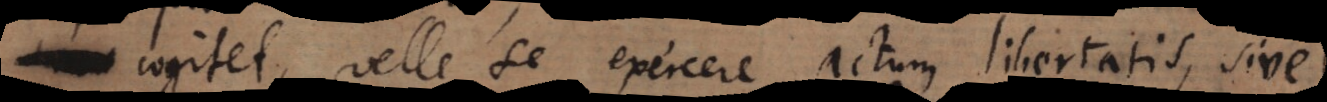
cogitet, velle se exercere actum libertatis, siv